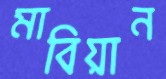
মাবিয়ান